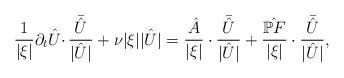
LaTeX: \begin{align*}\frac{1}{|\xi|}\partial_t\hat{U}\cdotp \frac{\bar{\hat{U}}}{|\hat{U}|}+ \nu |\xi||\hat{U}|=\frac{\hat{A}}{|\xi|} \cdot\frac{\bar{\hat{U}}}{|\hat{U}|}+\frac{\hat{\mathbb{P}F}}{|\xi|} \cdot\frac{\bar{\hat{U}}}{|\hat{U}|},\end{align*}